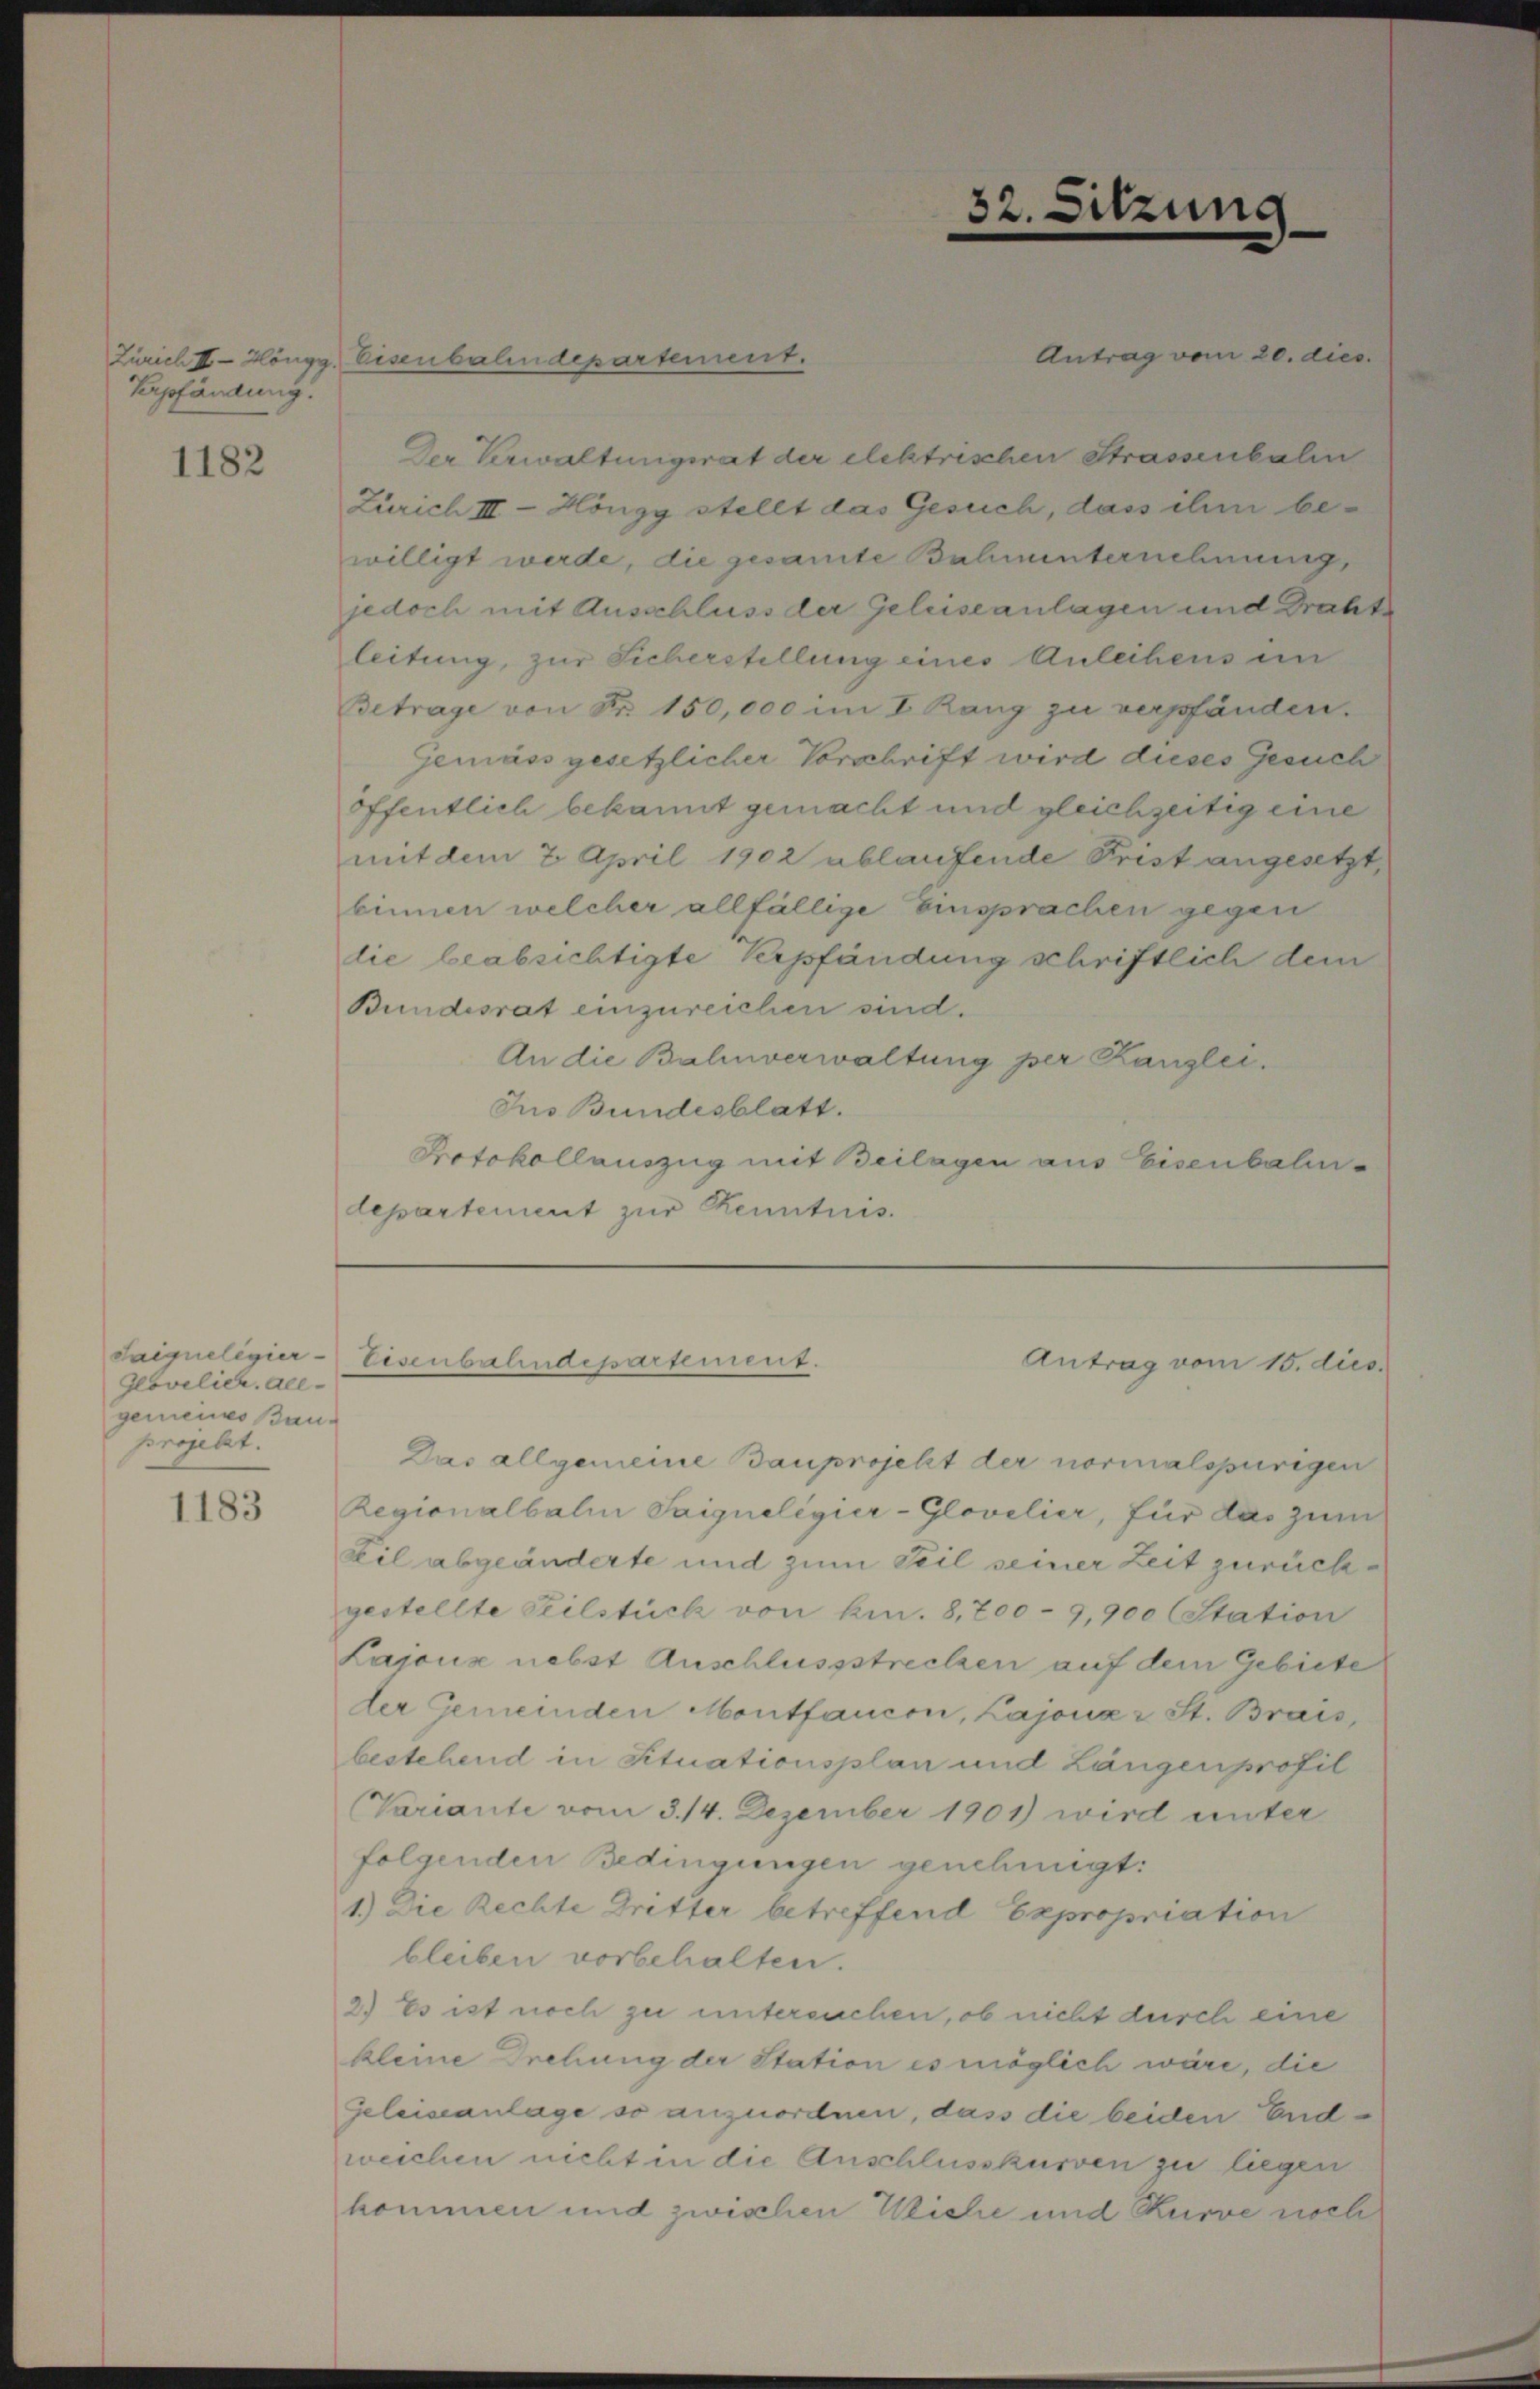
Erpfändung.

1182

Govilier. Alegemeines Bauprojekt.

1183

Antrag vom 20. dies
Der Verwaltungsrat der elektrischen Strassenbalen
Zürich III Höngg stellt das Gesuch, dass ihm bewilligt werde, die gesamte Bahnunternehmung,
jedoch mit Ausschluss der Geleiseanlagen und Drahts
leitung, zur Sicherstellung eines Anleihens in
Betrage von Nr. 150,000 im I. Rang zu verpfänden.
Gemäss gesetzlicher Vorschrift wird dieses Gesuch
öffentlich bekannt gemacht und gleichzeitig eine
mit dem 2 April 1902 ablaufende Frist angesetzt,
binnen welcher allfällige Einsprachen gegen
die beabsichtigte Verpfändung schriftlich dem
Bundesrat einzureichen sind.
An die Bahnverwaltung per Kanzlei.
Jus Bundesblatt.
Protokollauszug mit Beilagen aus Eisenbahn-
departement zur Kenntnis.

Zürich II Höngg, Eisenbahndepartement.

Saipeligier-Eisenbahndepartement.

32. Sitzung

Antrag vom 15. dies

Das allgemeine Bauprojekt der normalspurigen
Regionalbali Saigneligier-Glovelier, für das zum
Keil abgeänderte und zum Teil seiner Zeit zurückgestellte Teilstück von kn. 8,700 - 9,900 (Station
Lajoux nebst Anschlussstrecken auf dem Gebiete
der Gemeinden Montfaucon, Kajonar St. Brais,
bestehend in Situationsplan und Längenprofil
Variante vom 3. 14. Dezember 1901) wird unter
folgenden Bedingungen genehmigt.
1.) Die Rechte Dritter betreffend Expropriation
bleiben vorbehalten.
2.) Es ist noch zu untersuchen, ob nicht durch eine
kleine Drehung der Station es möglich wäre, die
Geleiseanlage so anzuordnen, dass die beiden Endweichen nicht in die Anschlusskurven zu liegen
kommen und zwischen Wiche und Kurve noch